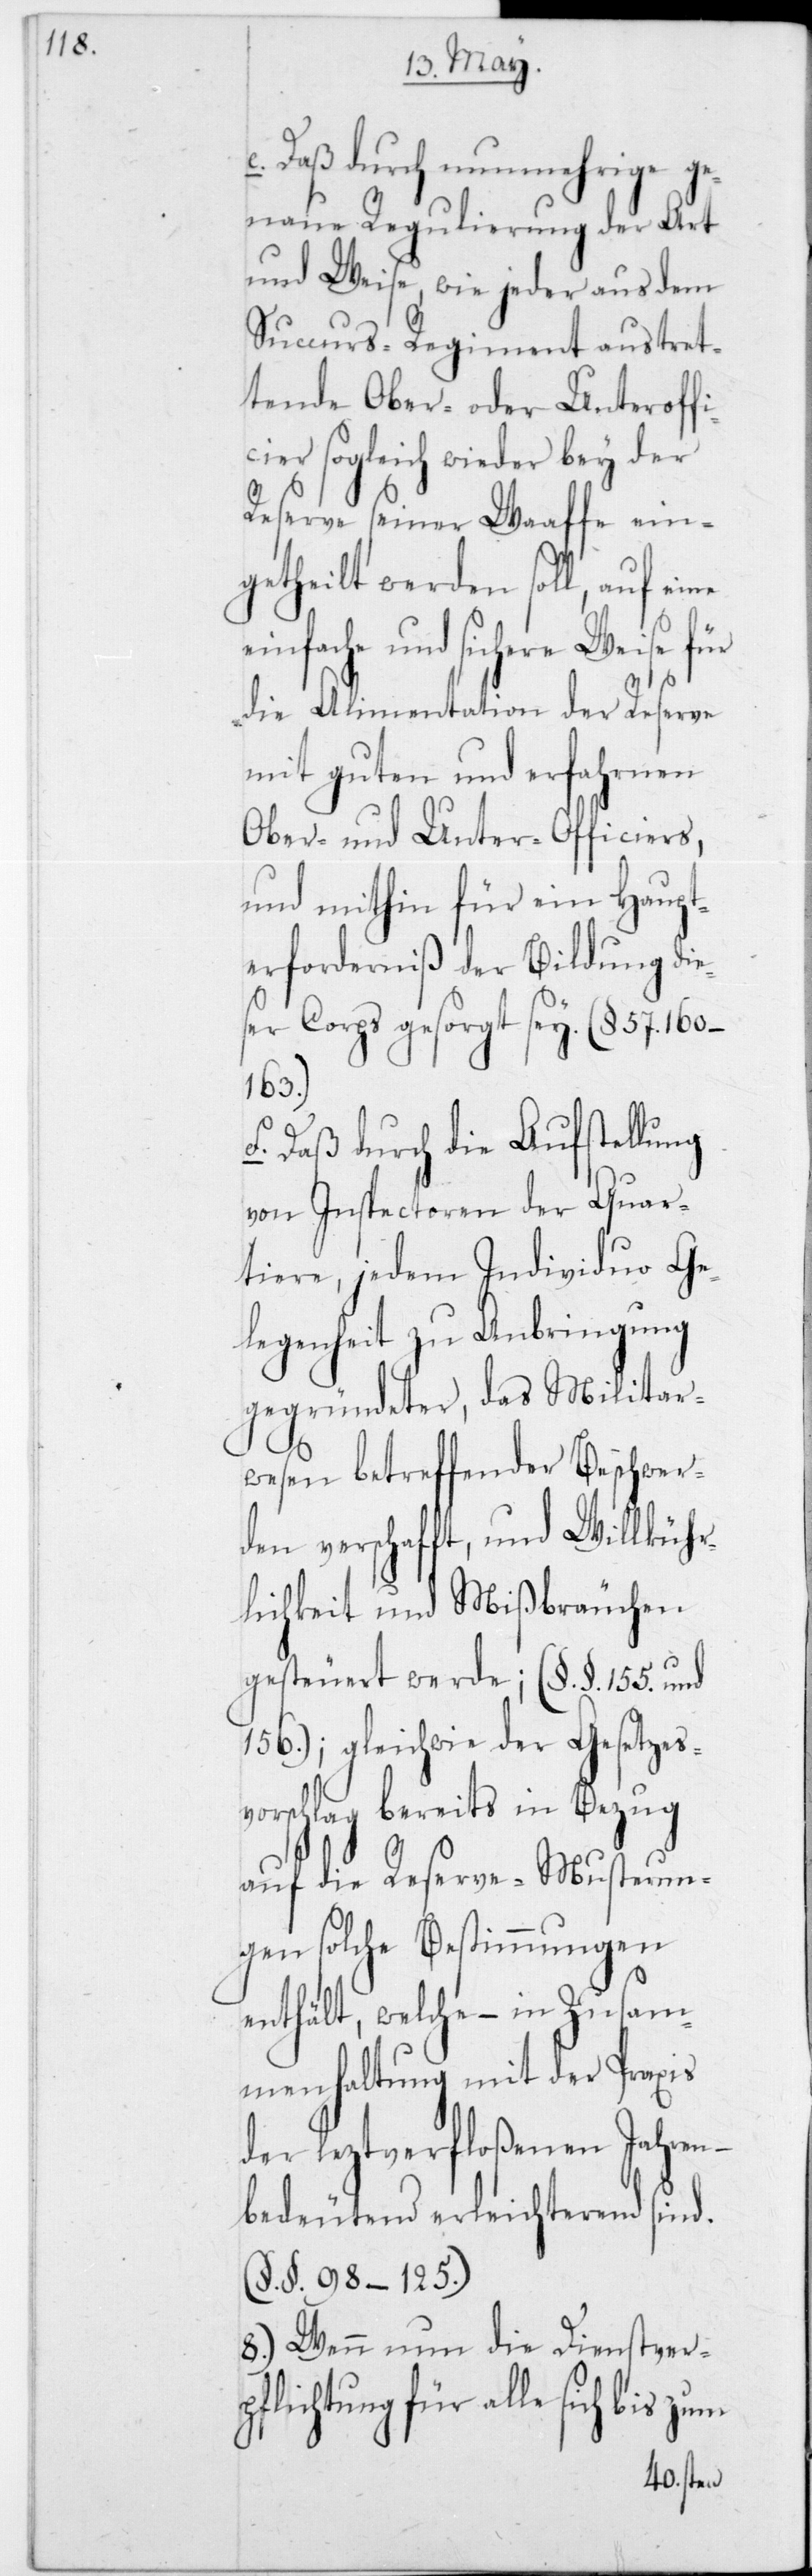
e. Daß durch nunmehrige ge¬
naue Regulierung der Art
und Weise, wie jeder aus dem
Succurs-Regiment austret¬
tende Ober- oder Unteroffi¬
er sogleich wieder bey der
Reserve seiner Waaffe ein¬
getheilt werden soll, auf
einfache und sichere Weise für
die Alimentation der Reserve
mit guten und erfahrnen
Ober- und Unter-Officiers,
und mithin für ein Haupt¬
erforderniß der Bildung dies¬
er Corps gesorgt sey. ( § 57,
160–163.)
f. Daß durch die Aufsstellung
von Inspectoren der Quar¬
tiere, jedem Individuo Ge¬
legenheit zu Anbringung
gegründeter, das Militar¬
wesen betreffender Beschwer¬
den verschafft, und Willkühr¬
lichkeit und Mißbräuchen
gesteuert werde; (§§ 155 und
156); gleichwie der Gesetzes¬
vorschlag bereits in Bezug
auf die Reserve-Musterun¬
gen solche Bestimmungen
enthält, welche – in Zusam¬
menhaltung mit der Praxis
der letztverfloßenen Jahren
bedeutend erleichterend sind
(§§ 98–125.)
8.) Wenn nun die Dienstverp¬
flichtung für alle sich bis